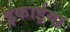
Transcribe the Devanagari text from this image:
इकाईया